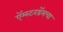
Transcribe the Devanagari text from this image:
ऍम्स्टरडॅमचा